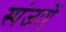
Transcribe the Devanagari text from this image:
स्पंजाऐं